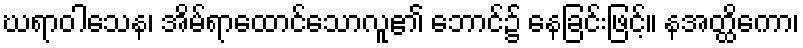
ဃရာဝါသေန၊ အိမ်ရာထောင်သောလူ၏ ဘောင်၌ နေခြင်းဖြင့်။ နအတ္ထိကော၊